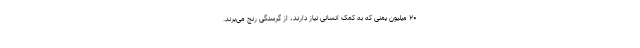
۲۰ میلیون یمنی که به کمک انسانی نیاز دارند، از گرسنگی رنج می‌برند.